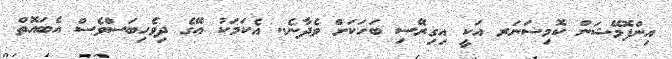
އިންފޮމޭޝަން ކޮމިޝަނަރ އަކީ އިގިރޭސި ބަހަކަށް ވެދާނެ.. އެކަމަކު އޭގެ ދިވެހިބަސްވެސް އެބައޮތް